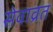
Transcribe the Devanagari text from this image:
सेवाव्रत